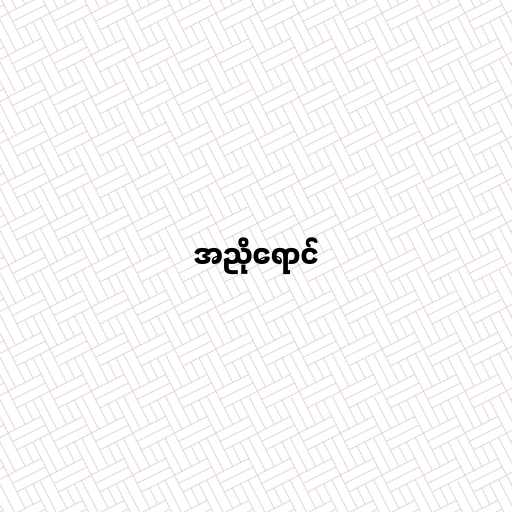
အညိုရောင်